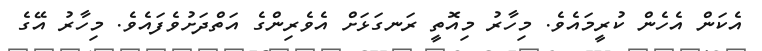
އެކަން އެހެން ކުރީމައެވެ. މިހާރު މިއޮތީ ރަނގަޅަށް އެވެރިންގެ އަތްދަށުވެފައެވެ. މިހާރު އޭގެ